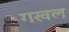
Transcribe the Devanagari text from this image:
गखल